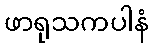
ဖာရုသကပါနံ